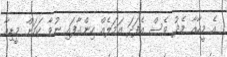
އެ މީހާއާ މެދު ވެސް އެފަދަ އަމަލެއް ހިންގާފައި ނުވާ ކަމަށް މީޑިއާ